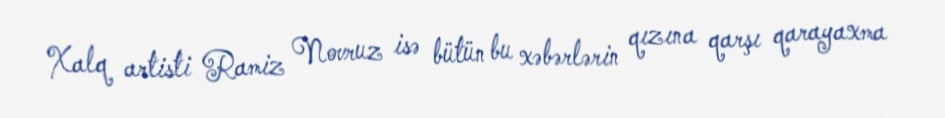
Xalq artisti Ramiz Novruz isə bütün bu xəbərlərin qızına qarşı qarayaxma